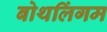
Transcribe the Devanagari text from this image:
बोथलिंगम